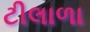
ટીલાળા